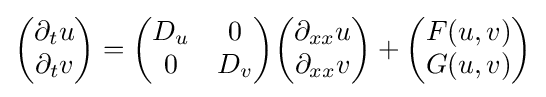
{\begin{pmatrix}\partial _{t}u\\\partial _{t}v\end{pmatrix}}={\begin{pmatrix}D_{u}&0\\0&D_{v}\end{pmatrix}}{\begin{pmatrix}\partial _{xx}u\\\partial _{xx}v\end{pmatrix}}+{\begin{pmatrix}F(u,v)\\G(u,v)\end{pmatrix}}